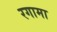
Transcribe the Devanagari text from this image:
रगामा